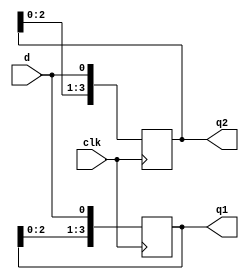
module shift_reg_for (clk, d, q1, q2);
input clk, d;
output [3:0] q1, q2;
reg [3:0] q1, q2;
integer i;

//for
always @ (posedge clk) begin
  for (i = 3; i > 0; i = i - 1)
    q1[i] = q1[i-1];
  q1[0] = d;
end

always @ (posedge clk) begin
  for (i = 1; i <= 3; i = i + 1)
    q2[i] <= q2[i-1];
  q2[0] = d;
end
endmodule // shift_reg_for